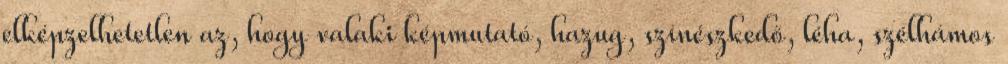
elképzelhetetlen az, hogy valaki képmutató, hazug, színészkedő, léha, szélhámos